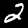
Label: 2